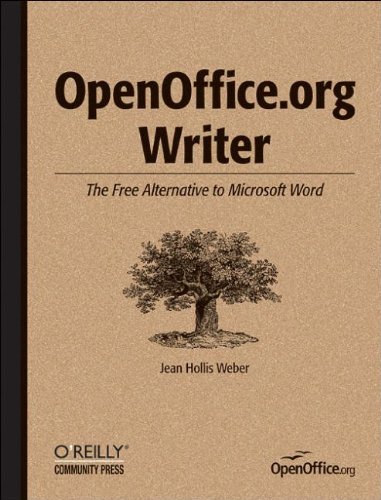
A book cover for OpenOffice.org Writer: The Free Alternative to Microsoft Word; Jean Hollis Weber; Computers & Technology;